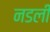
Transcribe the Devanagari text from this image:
नडली